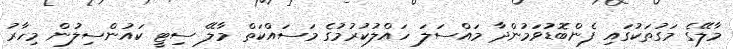
މާލޭގެ މަގުތަކުގައި ފެންބޮޑުވަމުންދާ މައްސަލަ ހައްލުކުރުމުގެ މަސައްކަތް މާލޭ ސިޓީ ކައުންސިލުން މިހާރު